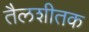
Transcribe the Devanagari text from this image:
तैलशीतक